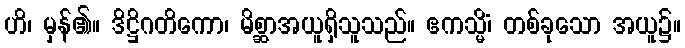
ဟိ၊ မှန်၏။ ဒိဋ္ဌိဂတိကော၊ မိစ္ဆာအယူရှိသူသည်။ ဧကသ္မိံ၊ တစ်ခုသော အယူ၌။